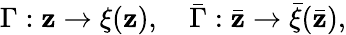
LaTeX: \Gamma:\mathbf{z}\rightarrow\xi(\mathbf{z}),\quad\bar{{\Gamma}}:\bar{{\mathbf{z}}}\rightarrow\bar{{\xi}}(\bar{{\mathbf{z}}}),